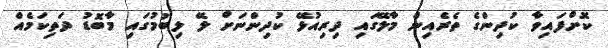
ކޮށްފައިވާ ކުދިންގެ ތެރެއިން މާލޭގައި ދިރިއުޅޭ ކުދިންނަށް ލޭ ލިބުމުގައި މާބޮޑު ދަތިކަމެއް